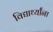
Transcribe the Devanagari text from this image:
विद्यार्थ्‍यांना